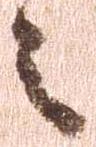
之